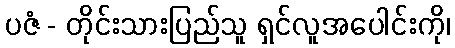
ပဇံ - တိုင်းသားပြည်သူ ရှင်လူအပေါင်းကို၊